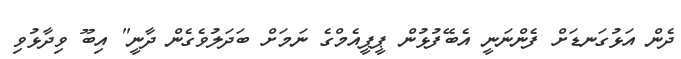
ދެން އަޅުގަނޑަށް ފެންނަނީ އެބޭފުޅުން ޕީޕީއެމްގެ ނަމަށް ބަދަލުވެގެން ދާނީ" އިބޫ ވިދާޅުވި